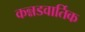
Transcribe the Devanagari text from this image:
कन्नडवार्तिक